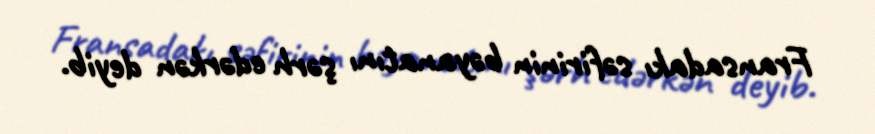
Fransadakı səfirinin bəyanatını şərh edərkən deyib.